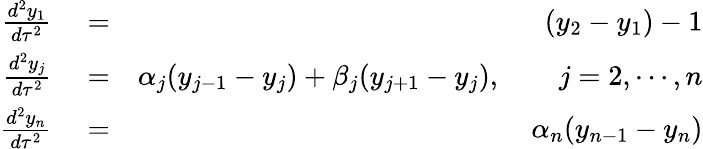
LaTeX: \begin{array}{rlr}{\frac{d^{2}y_{1}}{d\tau^{2}}}&{{}=}&{(y_{2}-y_{1})-1}\\ {\frac{d^{2}y_{j}}{d\tau^{2}}}&{{}=}&{\alpha_{j}(y_{j-1}-y_{j})+\beta_{j}(y_{j+1}-y_{j}),\qquad j=2,\cdots,n}\\ {\frac{d^{2}y_{n}}{d\tau^{2}}}&{{}=}&{\alpha_{n}(y_{n-1}-y_{n})}\end{array}